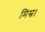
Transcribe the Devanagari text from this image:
मिस्र।